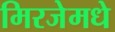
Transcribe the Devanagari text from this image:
मिरजेमधे